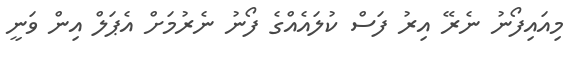
މިއައިފޯނު ނެރޭ އިރު ފަސް ކުލައެއްގެ ފޯނު ނެރުމަށް އެޕަލް އިން ވަނީ